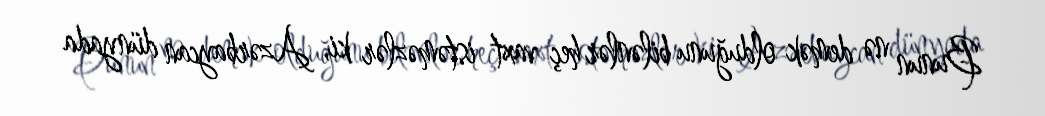
Bunun nə demək olduğunu bilənlər heç vaxt istəməzlər ki, Azərbaycan dünyada